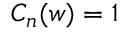
C _ { n } ( w ) = 1